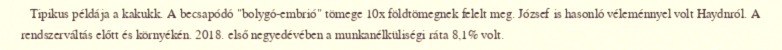
Tipikus példája a kakukk. A becsapódó "bolygó-embrió" tömege 10x földtömegnek felelt meg. József is hasonló véleménnyel volt Haydnról. A rendszerváltás előtt és környékén. 2018. első negyedévében a munkanélküliségi ráta 8,1% volt.